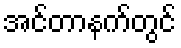
အင်တာနက်တွင်